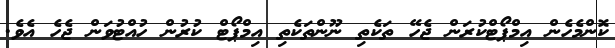
ކޮންމެހެން އިމްޕޯޓްކުރަން ޖެހޭ ތަކެތި ނޫންތަކެތި އިމްޕޯޓް ކުރުން ހުއްޓުވަން ޖެހެ އެވެ.